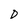
Character: D